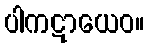
ပါကဋာယေဝ။